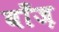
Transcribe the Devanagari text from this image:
बाँज़